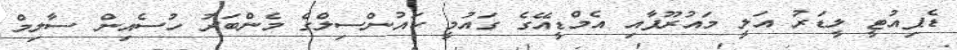
ޑެޕިއުޓީ ލީޑަރު އަލީ މައުރޫފާއި އެމްޑީއޭގެ ގައުމީ ކައުންސިލްގެ މެންބަރު ހުސެއިން ސާލިމް